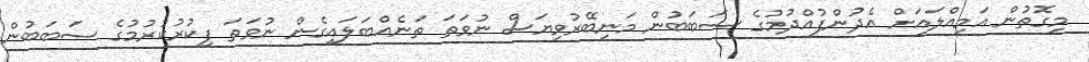
މިގޮތުން އަމިއްލައަށް އެދުންފުއްދުމުގެ ސަބަބުން މަނިބޭރުވިޔަސް ނުވަތަ ތަނެއްބަލައިގެން ނުވަތަ ފިކުރުކުރުމުގެ ސަބަބުން